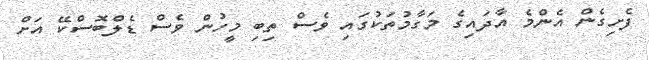
ފެށިގެން އެންމެ އާދައިގެ މަގާމުތަކުގައި ވެސް ތިބި މީހުން ވެސް ޑެލްބޮސްކޭ އަށް